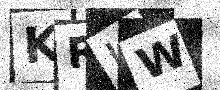
Text: KRIW